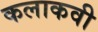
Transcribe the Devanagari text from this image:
कलाकवी